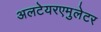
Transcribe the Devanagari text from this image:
अलटेयरएमुलेटर